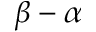
\beta - \alpha